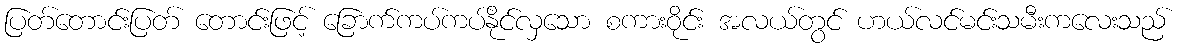
ပြတ်တောင်းပြတ် တောင်းဖြင့် ခြောက်ကပ်ကပ်နိုင်လှသော စကားဝိုင်း အလယ်တွင် ဟယ်လင်မင်းသမီးကလေးသည်